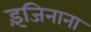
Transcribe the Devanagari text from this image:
इंजिनाना